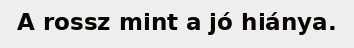
A rossz mint a jó hiánya.